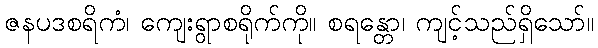
ဇနပဒစရိကံ၊ ကျေးရွာစရိုက်ကို။ စရန္တော၊ ကျင့်သည်ရှိသော်။